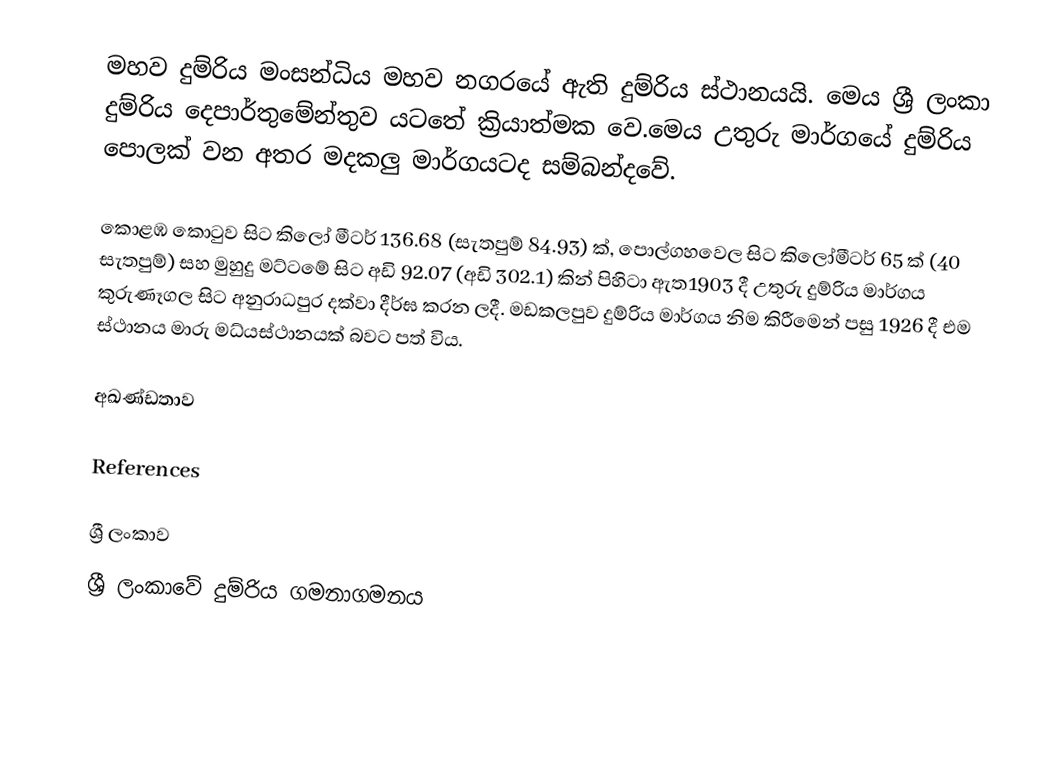
මහව දුම්රිය මංසන්ධිය මහව නගරයේ ඇති දුම්රිය ස්ථානයයි. මෙය ශ්‍රී ලංකා දුම්රිය දෙපාර්තුමේන්තුව යටතේ ක්‍රියාත්මක වෙ.මෙය උතුරු මාර්ගයේ දුම්රිය පොලක් වන අතර මදකලු මාර්ගයටද සම්බන්දවේ.

 කොළඹ කොටුව සිට කිලෝ මීටර් 136.68 (සැතපුම් 84.93) ක්, පොල්ගහවෙල සිට කිලෝමීටර් 65 ක් (40 සැතපුම්) සහ මුහුදු මට්ටමේ සිට අඩි 92.07 (අඩි 302.1) කින් පිහිටා ඇත1903 දී උතුරු දුම්රිය මාර්ගය කුරුණෑගල සිට අනුරාධපුර දක්වා දීර්ඝ කරන ලදී. මඩකලපුව දුම්රිය මාර්ගය නිම කිරීමෙන් පසු 1926 දී එම ස්ථානය මාරු මධ්යස්ථානයක් බවට පත් විය.

අඛණ්ඩතාව

References

ශ්‍රී ලංකාව
ශ්‍රී ලංකාවේ දුම්රිය ගමනාගමනය